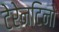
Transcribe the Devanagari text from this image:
टेरेनटिनो